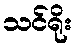
သင်ရိုး